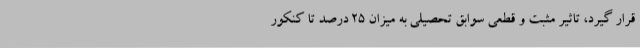
قرار گیرد، تاثیر مثبت و قطعی سوابق تحصیلی به میزان 25 درصد تا کنکور